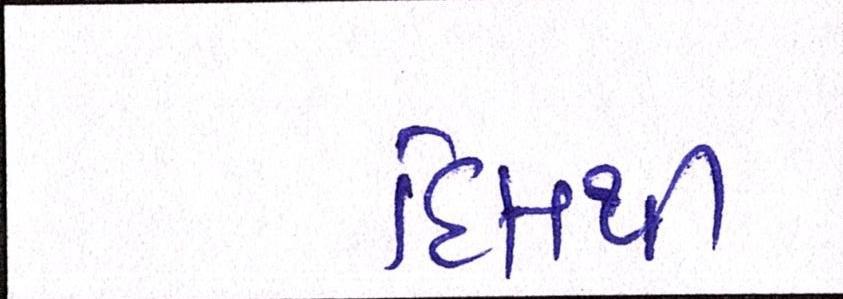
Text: દિલથી